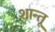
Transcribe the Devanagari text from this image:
शान्तू